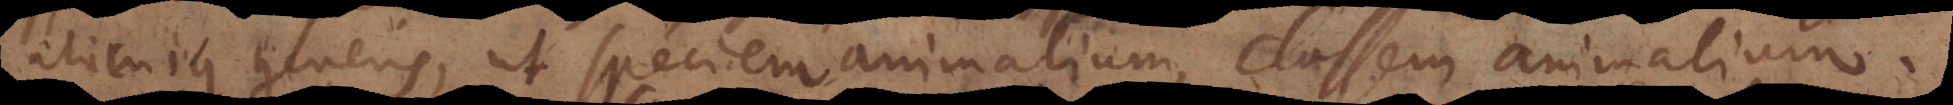
alicujus generis, ut speciem animalium, classem animalium